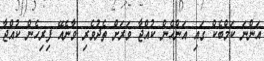
އަންނަ ކަމްބެކް ގައި އަންހެން ކުއްޖާ ވަރަށް ތެދުވެރި ވާނެއޭ ފިރިހެން ކުއްޖާ